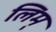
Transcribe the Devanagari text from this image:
लिम्‌